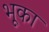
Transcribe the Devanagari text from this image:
भूका